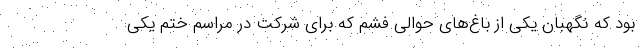
بود که نگهبان یکی از باغ‌های حوالی فشم که برای شرکت در مراسم ختم یکی